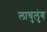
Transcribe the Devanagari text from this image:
लाचुलुंग